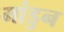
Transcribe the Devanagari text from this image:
मांडुन